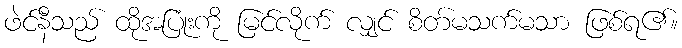
ဖဲင်နီသည် ထိုအပြုံးကို မြင်လိုက် လျှင် စိတ်မသက်မသာ ဖြစ်ရ၏။